Annual report on the working of the Harcourt Butler Institute of Public Health, Rangoon
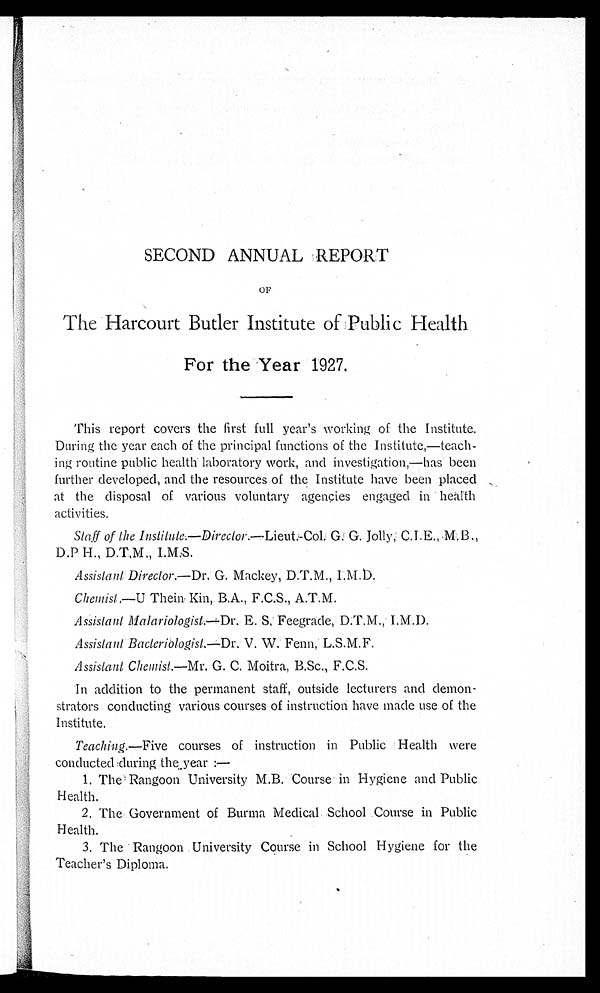
SECOND ANNUAL REPORT
OF
The Harcourt Butler Institute of Public Health
For the Year 1927.
This report covers the first full year's working of the Institute.
During the year each of the principal functions of the Institute,—teach
- i n g r o u t i n e p u b l i c h e a l t h l a b o r a t o r y w o r k , a n d i n v e s t i g a t i o n , — h a s b e e n
further developed, and the resources of the Institute have been placed
at the disposal of various voluntary agencies engaged in health
activities.
Staff of the Institute.—Director. —Lieut.-Col. G. G. Jolly
, C.I.E., M.B.,D.P H., D.T.M., I.M.S.
Assistant Director.—Dr. G. Mackey, D.T.M., I.M.D.
Chemist.—U Thein Kin, B.A., F.C.S., A.T.M.
Assistant Malariologist.—Dr. E. S. Feegrade, D.T.M., I.M.
D.
Assistant Bacteriologist.—Dr. V. W. Fenn, L.S.M.F.
Assistant Chemist.—Mr. G. C. Moitra, B.Sc., F.C.S.
In addition to the permanent staff, outside lecturers and demon
- s t r a t o r s c o n d u c t i n g v a r i o u s c o u r s e s o f i n s t r u c t i o n h a v e m a d e u s e o f t h e
Institute.
Teaching.—Five courses of instruction in Public Health were
conducted during the year :—
1. The Rangoon University M.B. Course in Hygiene and Public
Health.
2. The Government of Burma Medical School Course in Public
Health.
3. The Rangoon University Course in School Hygiene for the
Teacher's Diploma.